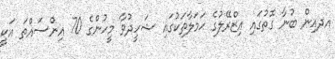
އދއިން ބުނާ ގޮތުގައި އިޒްރޭލުގެ ޙަމަލާތަކުގައި ޝަހީދުވާ މީހުންގެ 70 އިންސައްތަ އަކީ